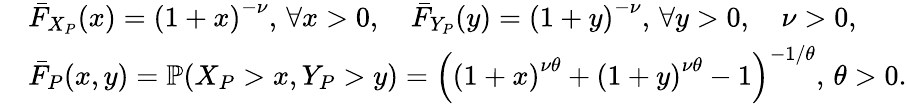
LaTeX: \begin{array}{rl}&{\bar{F}_{X_{P}}(x)={(1+x)}^{-\nu},\, \forall x>0,\quad\bar{F}_{Y_{P}}(y)={(1+y)}^{-\nu},\, \forall y>0,\quad\nu>0,}\\ &{\bar{F}_{P}(x,y)=\mathbb{P}\! \left(X_{P}>x,Y_{P}>y\right)={\left({(1+x)}^{\nu\theta}+{(1+y)}^{\nu\theta}-1\right)}^{-1/\theta},\, \theta>0.}\end{array}